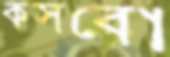
কসবো